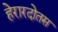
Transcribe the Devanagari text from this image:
हेरारदोतस